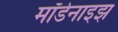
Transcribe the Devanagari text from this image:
मॉर्डनाइझ